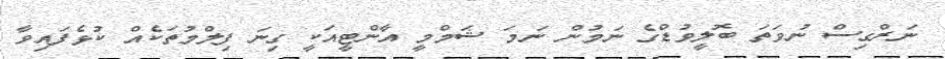
ނަރްގިސް ނުވަތަ ބޮލީވުޑްގެ ނަމުން ނަމަ ޝަމްމީ އާންޓީއަކީ ގިނަ ފިލްމުތަކެއް ކުޅެފައިވާ